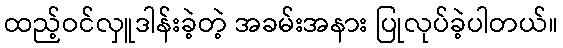
ထည့်ဝင်လှူဒါန်းခဲ့တဲ့ အခမ်းအနား ပြုလုပ်ခဲ့ပါတယ်။